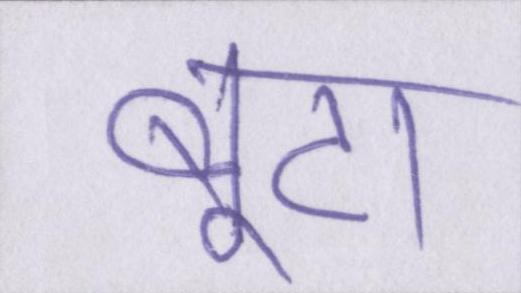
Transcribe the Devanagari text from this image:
बूटा